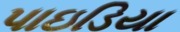
પાઇડિયા